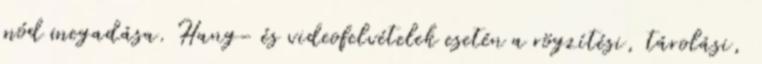
mód megadása. Hang- és videofelvételek esetén a rögzítési, tárolási,